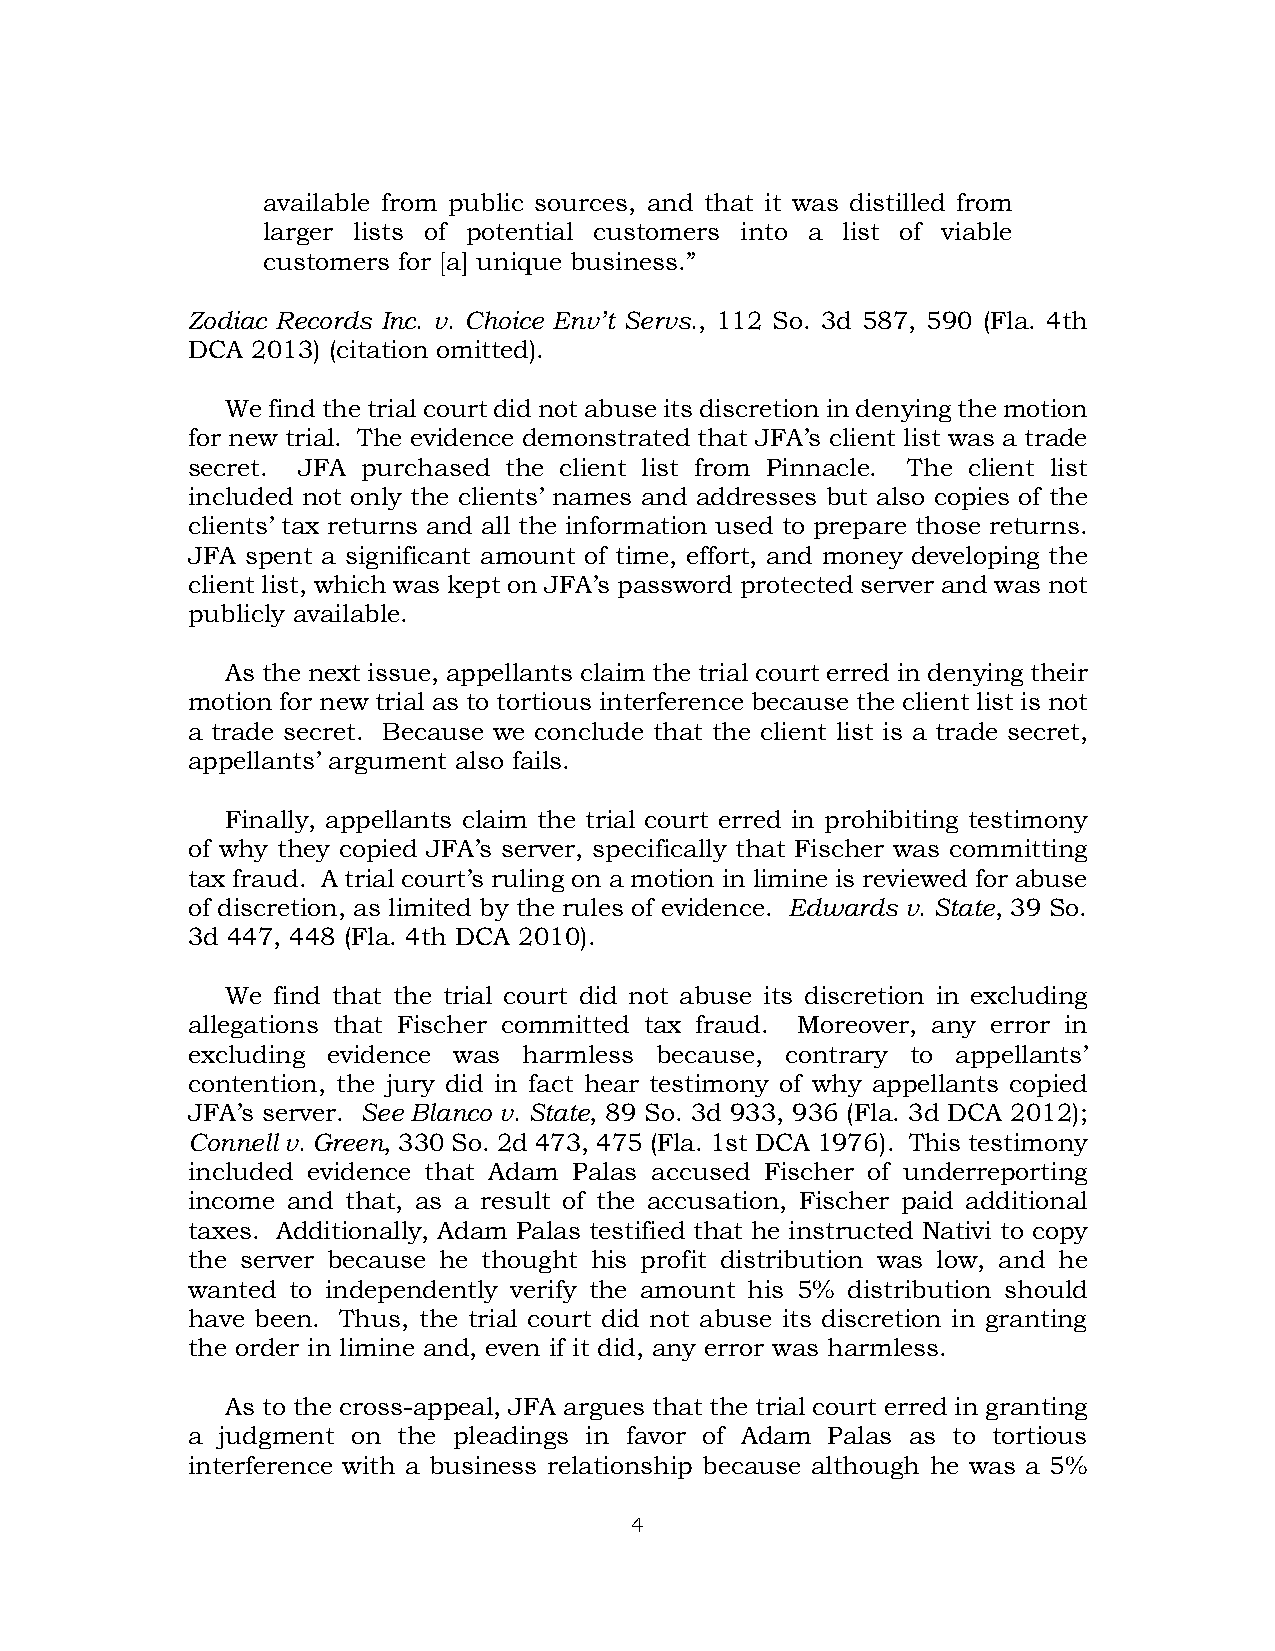
available from public sources, and that it was distilled from
 larger lists of potential customers into a list of viable
 customers for [a] unique business.”
 Zodiac Records Inc. v. Choice Env’t Servs., 112 So. 3d 587, 590 (Fla. 4th
 DCA  2013) (citation omitted).
 We find the trial court did not abuse its discretion in denying the motion
 for new trial. The evidence demonstrated that JFA’s client list was a trade
 secret. JFA purchased the client list from Pinnacle. The client list
 included not only the clients’ names and addresses but also copies of the
 clients’ tax returns and all the information used to prepare those returns.
 JFA spent a significant amount of time, effort, and money developing the
 client list, which was kept on JFA’s password protected server and was not
 publicly available.
 As the next issue, appellants claim the trial court erred in denying their
 motion for new trial as to tortious interference because the client list is not
 a trade secret. Because we conclude that the client list is a trade secret,
 appellants’ argument also fails.
 Finally, appellants claim the trial court erred in prohibiting testimony
 of why they copied JFA’s server, specifically that Fischer was committing
 tax fraud. A trial court’s ruling on a motion in limine is reviewed for abuse
 of discretion, as limited by the rules of evidence. Edwards v. State, 39 So.
 3d 447, 448 (Fla. 4th DCA 2010).
 We find that the trial court did not abuse its discretion in excluding
 allegations that Fischer committed tax fraud. Moreover, any error in
 excluding evidence was harmless because, contrary to appellants’
 contention, the jury did in fact hear testimony of why appellants copied
 JFA’s server. See Blanco v. State, 89 So. 3d 933, 936 (Fla. 3d DCA 2012);
 Connell v. Green, 330 So. 2d 473, 475 (Fla. 1st DCA 1976). This testimony
 included evidence that Adam Palas accused Fischer of underreporting
 income and that, as a result of the accusation, Fischer paid additional
 taxes. Additionally, Adam Palas testified that he instructed Nativi to copy
 the server because he thought his profit distribution was low, and he
 wanted to independently verify the amount his 5% distribution should
 have been. Thus, the trial court did not abuse its discretion in granting
 the order in limine and, even if it did, any error was harmless.
 As to the cross-appeal, JFA argues that the trial court erred in granting
 a judgment on the pleadings in favor of Adam Palas as to tortious
 interference with a business relationship because although he was a 5%
 4